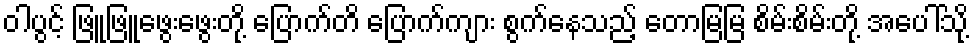
ဝါပွင့် ဖြူဖြူဖွေးဖွေးတို့ ပြောက်တိ ပြောက်ကျား စွက်နေသည့် တောမြမြ စိမ်းစိမ်းတို့ အပေါ်သို့